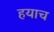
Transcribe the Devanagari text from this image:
हयाच